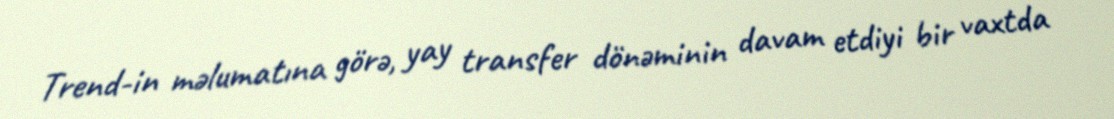
Trend-in məlumatına görə, yay transfer dönəminin davam etdiyi bir vaxtda